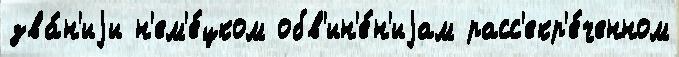
зва́н'иjи н'ем'е́цком обв'ин'е́н'иjам расс'екр'е́ченном